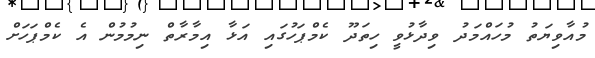
މުއާވިޔަތު މުހައްމަދު ވިދާޅުވީ ހިތަދޫ ކެމްޕަހުގައި އަޅާ އިމާރާތް ނިމުމުން އެ ކެމްޕަހަށް